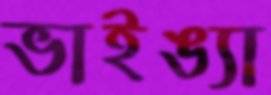
ভাইঙ্যা